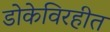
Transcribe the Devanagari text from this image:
डोकेविरहीत